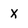
Character: x